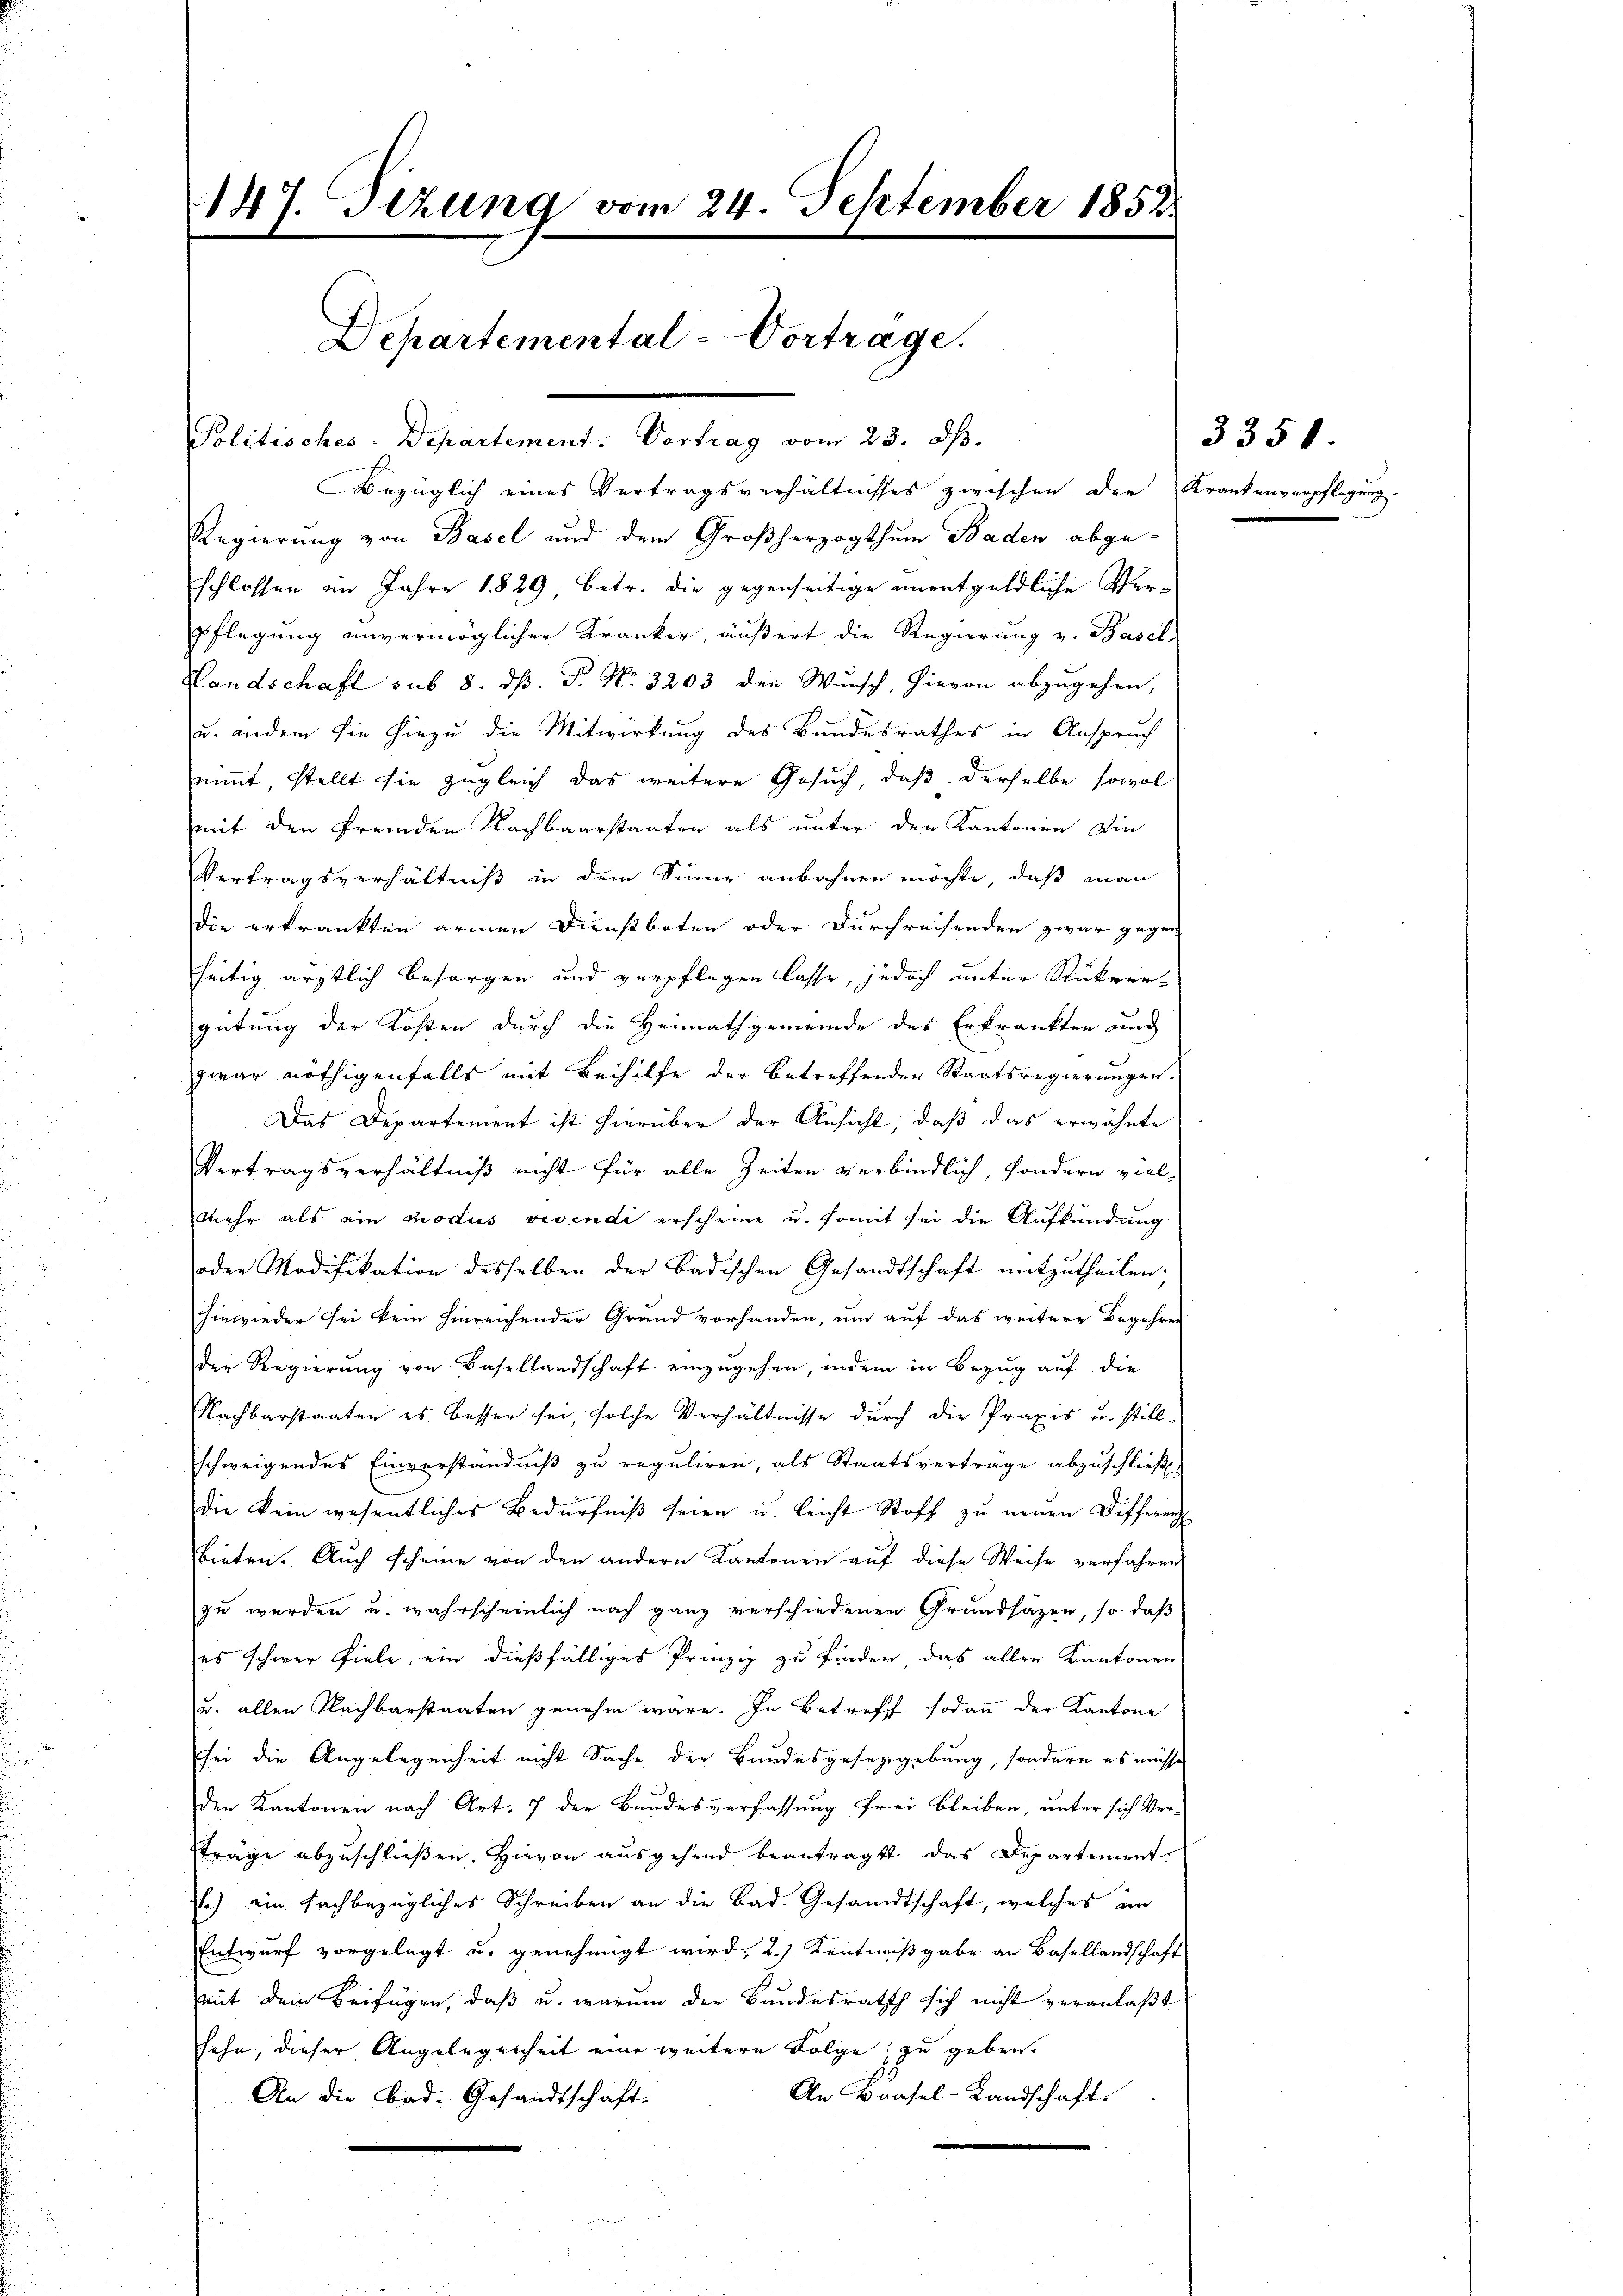
147. Sitzung vom 24. September 1852.
Departemental-Vortrage.
Politisches-Departement. Vortrag vom 23. ds.
Bezüglich eines Vertragsverhältnisses zwischen der Krankenverpflegung.

Regierung von Basel und dem Großherzogthum Baden abge-
schlossen im Jahre 1829, betr. die gegenseitige unentgeldliche Verpflegung unvermöglicher Kranker, äußert die Regierung v. Basel
Landschaft sub 8. dß. P. No. 3203 den Wunsch, hievon abzugehen,
u. andern sie hiezu die Mitwirkung des Bundesrathes in Anspruch
nimmt stellt sie zugleich das weitere Gesuch, daß derselbe sowol
mit den fremden Nachbaarstaaten als unter den Kantonen Din
Vertragsverhältniß in dem Sinne anbahnen möchte, daß man
die erkrankten armen Dienstboten oder Durchreisenden zwar gegen
seitig ärztlich besorgen und verpflegen lasse, jedoch unter Rückver-
gütung der Kosten durch die Heimathgemeinde des Erkrankten und
zwar nöthigenfalls mit Beihilfe der betreffenden Staatsregierungen
Das Departement ist hierüber der Ansicht, daß das erwähnte
Vertragsverhältniß nicht für alle Zeiten verbindlich, sondern viel-
mehr als ein modus vivendi erscheine u. somit sei die Aufkündung
oder Modifikation desselben der Badischen Gesandtschaft mitzutheilen.
hinwieder sei kein hinreichender Grand vorhanden, um auf das weitere Begehres
der Regierung von Basellandschaft einzugehen, indem in Bezug auf die
Nachbarstaaten es besser sei, solche Verhältnisse durch die Praxis u. still-
schweigendes Einverständniß zu reguliren, als Staatsverträge abzuschließ
die kein wesentliches Bedürfniß seien u. leicht Stoff zu neuen Differen
bieten. Auch scheine von den andern Kantonen auf diese Weise verfahren
zu werden u. wahrscheinlich nach ganz verschiedenen Grundsäzen, so daß
es schwer fiele, ein dießfälliges Prinzip zu finden das aller Kantonen
u. allen Nachbarstaaten genehm wäre. In Betreff sodann der Kantone
sei die Angelegenheit nicht Sache der Bundesgesetzgebung, sondern es müsse
den Kantonen nach Art. 7 der Bundesverfassung frei bleiben, unter sich Ver-
träge abzŭschlieβen. Hievon aŭsgehend beantragt das Departement
.) ein fachbezügliches Schreiben an die Bad. Gesandtschaft, welches im
Entwurf vorgelegt u. genehmigt wird, 2.) Kenntnißgabe an Basellandschaft
mit dem Beifügen, daß u. warum der Bundesrath sich nicht veranlaßt
hehe, dieser Angelegenheit eine weitere Folge zu geben.
An Brasel-Landschaft
An die Bad. Gesandtschaft-

3350